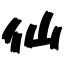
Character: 仙